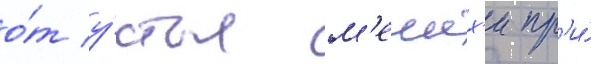
о́т у́стья м'ешех'и пр'и́